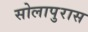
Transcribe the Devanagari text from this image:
सोलापुरास